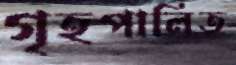
গৃহপালিত